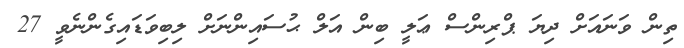
ތިން ވަނައަށް ދިޔަ ޕްރިންސް ޢަލީ ބިން އަލް ޙުސައިންނަށް ލިބިވަޑައިގެންނެވީ 27